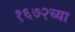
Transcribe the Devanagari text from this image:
१६७२च्या